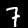
Digit: 7